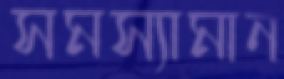
সমস্যামান